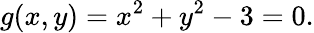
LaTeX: g(x,y)=x^{2}+y^{2}-3=0.